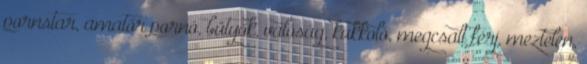
pornstar, amatőr pornó, bütyök, valóság, kukkoló, megcsalt férj, meztelen,